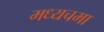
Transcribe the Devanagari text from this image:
मध्यचमा